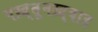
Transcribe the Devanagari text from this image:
पख़्तूनख़्वाह